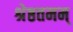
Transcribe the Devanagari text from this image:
श्रेष्ठतमम्